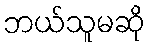
ဘယ်သူမဆို